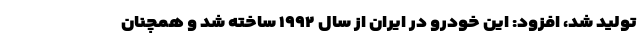
تولید شد، افزود: این خودرو در ایران از سال ۱۹۹۲ ساخته شد و همچنان